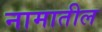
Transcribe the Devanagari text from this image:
नामातील